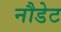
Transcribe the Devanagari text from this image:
नौडेट